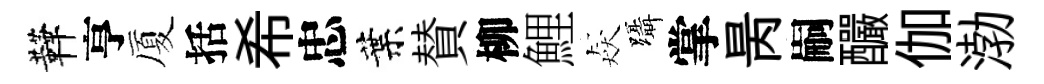
鞾亨厦括希忠葉賛柳鯉猋躡掌昺嗣釅伽渤